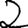
Digit: 2